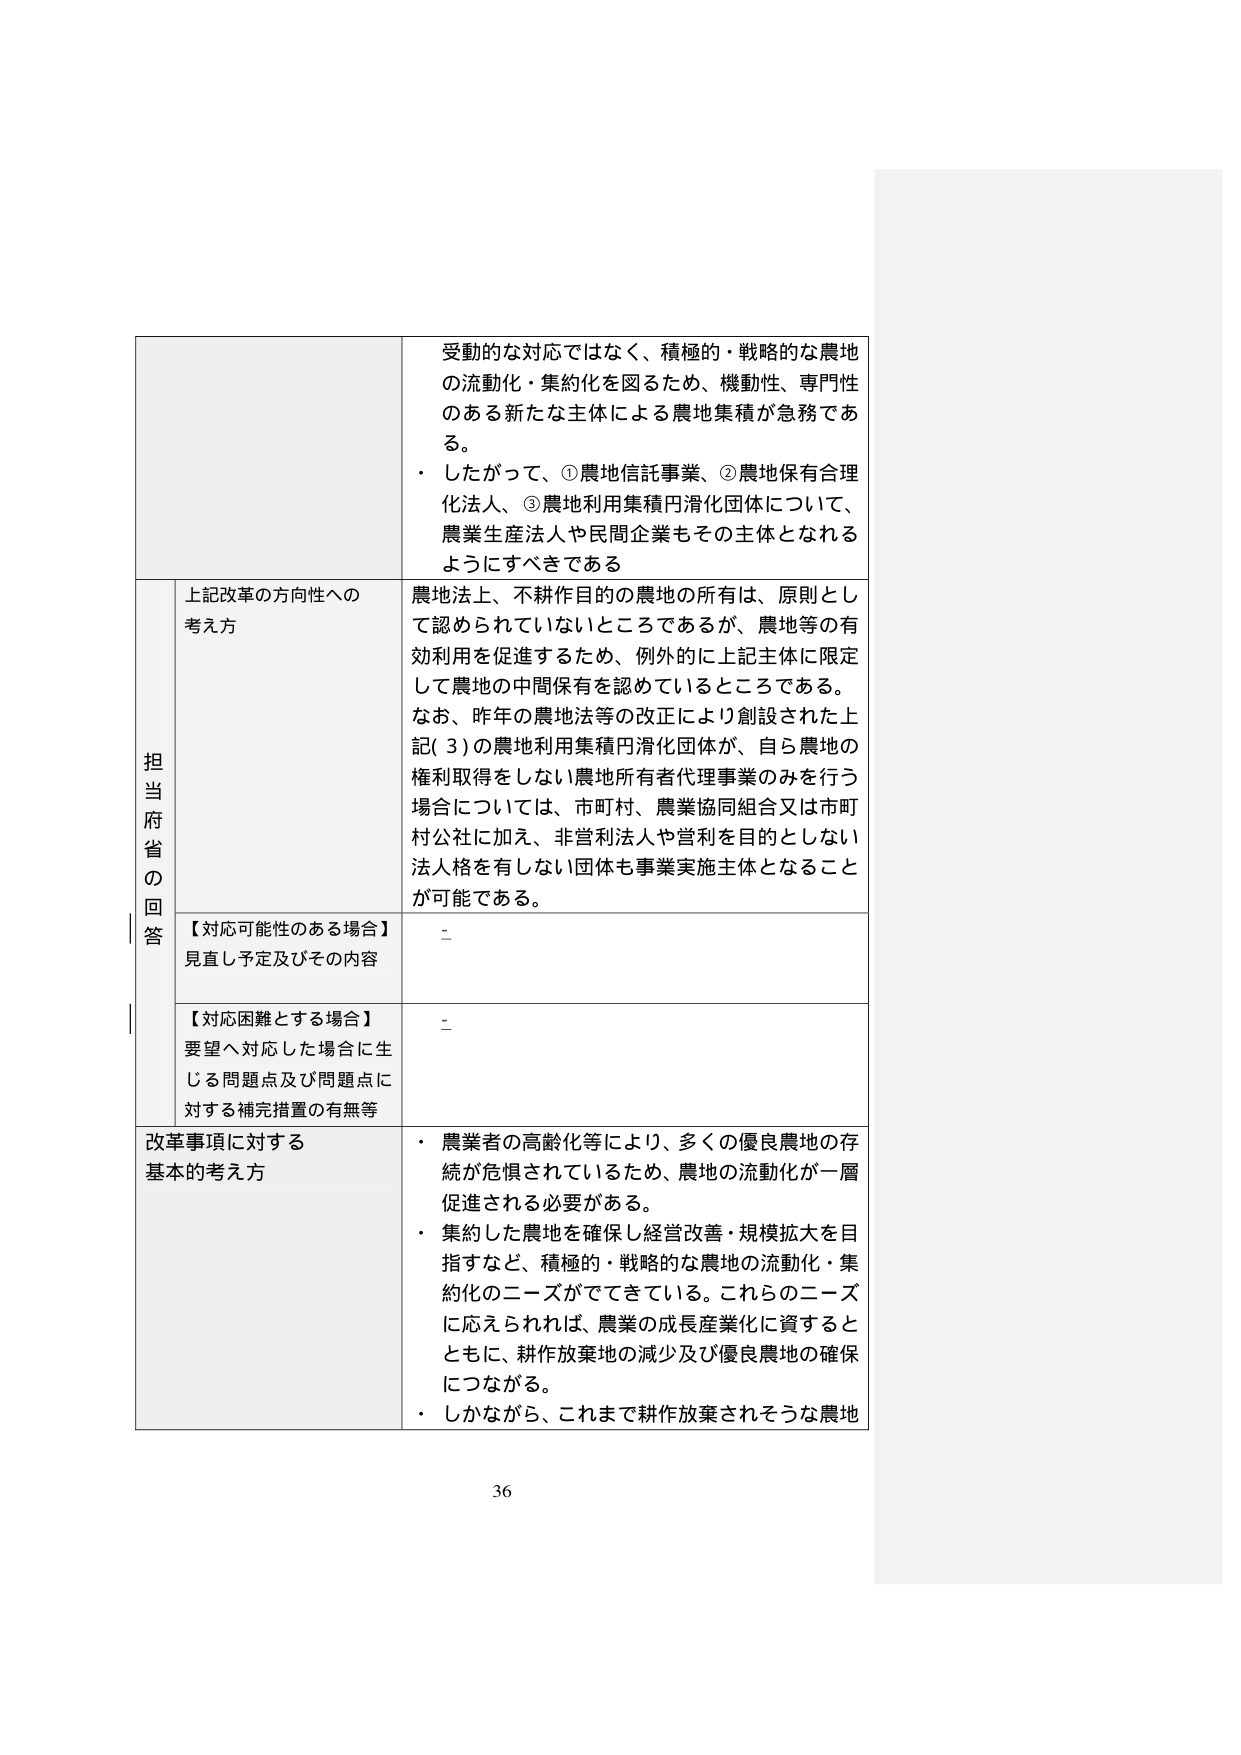
受動的な対応ではなく、積極的・戦略的な農地の流動化・集約化を図るため、機動性、専門性のある新たな主体による農地集積が急務である。
・ したがって、①農地信託事業、②農地保有合理化法人、③農地利用集積円消化団体について、農業生産法人や民間企業もその主体となれるようにすべきである

担当府省の回答
上記改革の方向性への考え方
農地法上、不耕作目的の農地の所有は、原則として認められていないところであるが、農地等の有効利用を促進するため、例外的に上記主体に限定して農地の中間保有を認めているところである。
なお、昨年の農地法等の改正により創設された上記(3)の農地利用集積円消化団体が、自ら農地の権利取得をしない農地所有者代理事業のみを行う場合については、市町村、農業協同組合又は市町村公社に加え、非営利法人や営利を目的としない法人格を有しない団体も事業実施主体となることが可能である。

【対応可能性のある場合】
見直し予定及びその内容
-

【対応困難とする場合】
要望へ対応した場合に生じる問題点及び問題点に対する補完措置の有無等
-

改革事項に対する基本的考え方
・ 農業者の高齢化等により、多くの優良農地の存続が危惧されているため、農地の流動化が一層促進される必要がある。
・ 集約した農地を確保し経営改善・規模拡大を目指すなど、積極的・戦略的な農地の流動化・集約化のニーズがでてきている。これらのニーズに応えられれば、農業の成長産業化に資するとともに、耕作放棄地の減少及び優良農地の確保につながる。
・ しかしながら、これまで耕作放棄されそうな農地

36